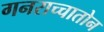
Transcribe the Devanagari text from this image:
गनराच्चातोन